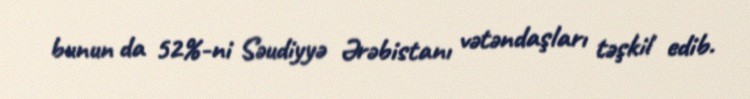
bunun da 52%-ni Səudiyyə Ərəbistanı vətəndaşları təşkil edib.